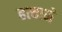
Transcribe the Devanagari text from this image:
हत्याने